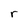
Character: r